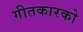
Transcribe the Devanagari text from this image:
गीतकारको